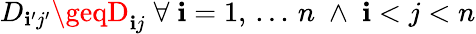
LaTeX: D_{\mathbf{i}^{\prime}j^{\prime}}\geqD_{\mathbf{i}j}\; \forall\; \mathbf{i}=1,\, ...\, n\; \land\; \mathbf{i}<j<n